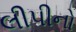
લીપીનો